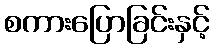
စကားပြောခြင်းနှင့်